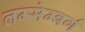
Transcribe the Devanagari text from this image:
लम्सेम्बर्ग